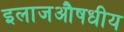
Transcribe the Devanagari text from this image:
इलाजऔषधीय